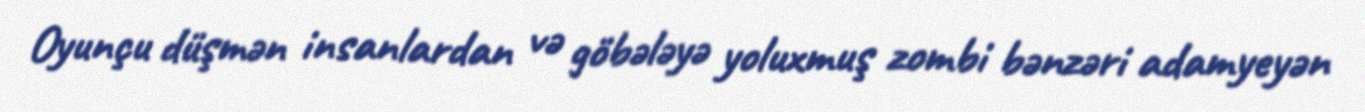
Oyunçu düşmən insanlardan və göbələyə yoluxmuş zombi bənzəri adamyeyən